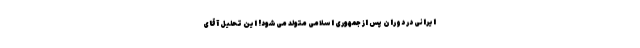
ایرانی در دوران پس از جمهوری اسلامی متولد می‌شود! این تحلیل آقای